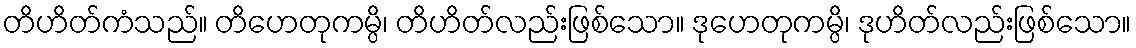
တိဟိတ်ကံသည်။ တိဟေတုကမ္ပိ၊ တိဟိတ်လည်းဖြစ်သော။ ဒုဟေတုကမ္ပိ၊ ဒုဟိတ်လည်းဖြစ်သော။